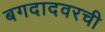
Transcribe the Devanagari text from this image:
बगदादवरची